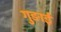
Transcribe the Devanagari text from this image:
गुङाई